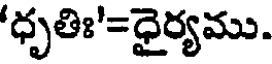
'ధృతిః'=ధైర్యము.